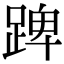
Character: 䠋